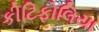
કીટિફોલિયા